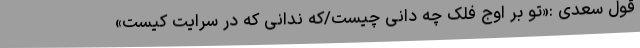
قول سعدی :«تو بر اوج فلک چه دانى چیست/که ندانى که در سرایت کیست»